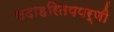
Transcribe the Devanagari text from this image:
सदाहरितपपर्णी